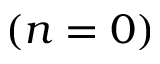
( n = 0 )